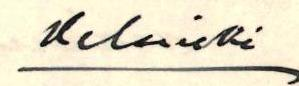
Helsinki